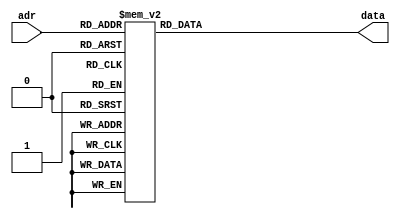
`timescale 1ns/1ns
module rom (input [2:0] adr,output [15:0] data);
	reg [15:0] temp;
	always@(adr) begin
		case(adr)
			0:temp=16'b1111111111111111;
			1:temp=16'b0101010101010101;
			2:temp=16'b0110011001100110;
			3:temp=16'b0110011110011110;
			4:temp=16'b0110011110111101;
			5:temp=16'b0110011111000000;
			6:temp=16'b0110011111000001;
			7:temp=16'b0110011111000001;
		endcase
	end
	assign data=temp;	
endmodule